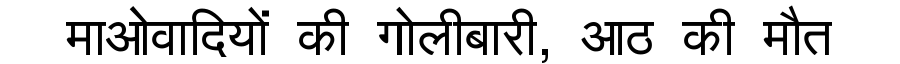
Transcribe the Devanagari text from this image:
माओवादियों की गोलीबारी, आठ की मौत